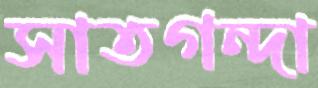
সাতগন্দা